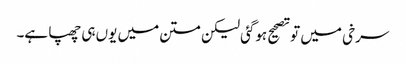
سرخی میں تو تصحیح ہوگئی لیکن متن میں یوں ہی چھپا ہے۔